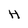
Character: H